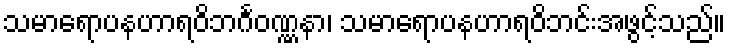
သမာရောပနဟာရဝိဘင်္ဂဝဏ္ဏနာ၊ သမာရောပနဟာရဝိဘင်းအဖွင့်သည်။